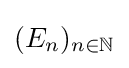
(E_{n})_{n\in \mathbb {N} }